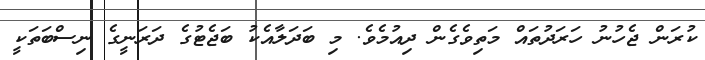
ކުރަން ޖެހުނު ހަރަދުތައް މަތިވެގެން ދިއުމެވެ. މި ބަދަލާއެކު ބަޖެޓުގެ ދަރަނީގެ ނިސްބަތަކީ